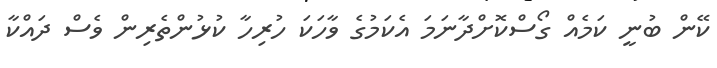
ކޭން ބުނީ ކަމެއް ގޯސްކޮށްދާނަމަ އެކަމުގެ ވާހަކަ ހުރިހާ ކުޅުންތެރިން ވެސް ދައްކާ